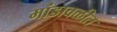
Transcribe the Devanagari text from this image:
मांडावळीत